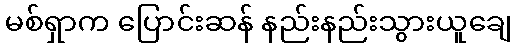
မစ်ရှာက ပြောင်းဆန် နည်းနည်းသွားယူချေ